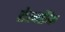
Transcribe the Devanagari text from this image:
टेलरैंक